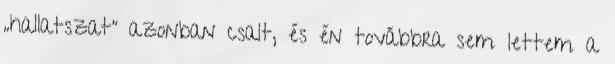
„hallatszat” azonban csalt, és én továbbra sem lettem a